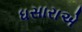
ધસારાએ